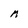
Character: M